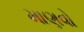
માણવો